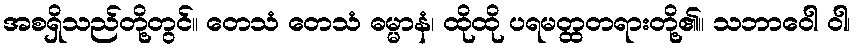
အစရှိသည်တို့တွင်။ တေသံ တေသံ ဓမ္မာနံ၊ ထိုထို ပရမတ္ထတရားတို့၏။ သဘာဝေါ ဝါ၊